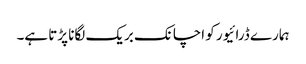
ہمارے ڈرائیور کو اچانک بریک لگانا پڑتا ہے۔